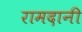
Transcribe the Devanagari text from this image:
रामदानी